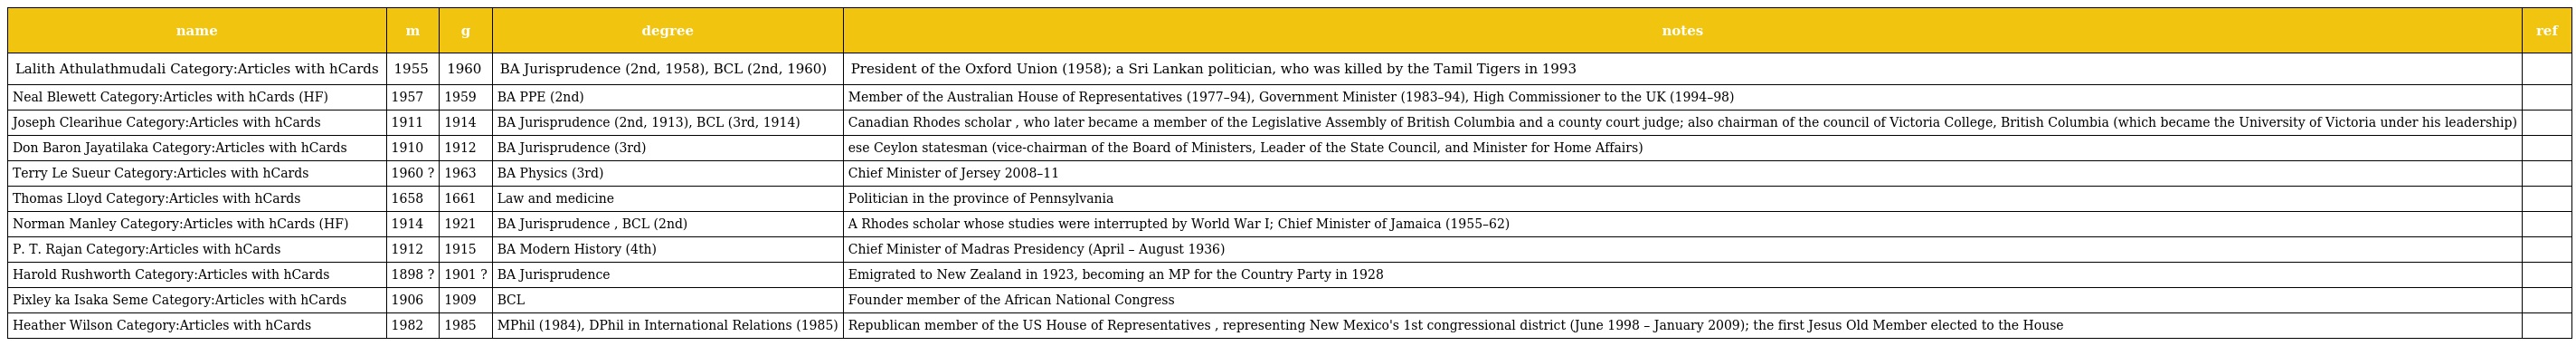
| name | m | g | degree | notes | ref |
 | --- | --- | --- | --- | --- | --- |
 | Lalith Athulathmudali Category:Articles with hCards | 1955 | 1960 | BA Jurisprudence (2nd, 1958), BCL (2nd, 1960) | President of the Oxford Union (1958); a Sri Lankan politician, who was killed by the Tamil Tigers in 1993 |  |
 | Neal Blewett Category:Articles with hCards (HF) | 1957 | 1959 | BA PPE (2nd) | Member of the Australian House of Representatives (1977–94), Government Minister (1983–94), High Commissioner to the UK (1994–98) |  |
 | Joseph Clearihue Category:Articles with hCards | 1911 | 1914 | BA Jurisprudence (2nd, 1913), BCL (3rd, 1914) | Canadian Rhodes scholar , who later became a member of the Legislative Assembly of British Columbia and a county court judge; also chairman of the council of Victoria College, British Columbia (which became the University of Victoria under his leadership) |  |
 | Don Baron Jayatilaka Category:Articles with hCards | 1910 | 1912 | BA Jurisprudence (3rd) | ese Ceylon statesman (vice-chairman of the Board of Ministers, Leader of the State Council, and Minister for Home Affairs) |  |
 | Terry Le Sueur Category:Articles with hCards | 1960 ? | 1963 | BA Physics (3rd) | Chief Minister of Jersey 2008–11 |  |
 | Thomas Lloyd Category:Articles with hCards | 1658 | 1661 | Law and medicine | Politician in the province of Pennsylvania |  |
 | Norman Manley Category:Articles with hCards (HF) | 1914 | 1921 | BA Jurisprudence , BCL (2nd) | A Rhodes scholar whose studies were interrupted by World War I; Chief Minister of Jamaica (1955–62) |  |
 | P. T. Rajan Category:Articles with hCards | 1912 | 1915 | BA Modern History (4th) | Chief Minister of Madras Presidency (April – August 1936) |  |
 | Harold Rushworth Category:Articles with hCards | 1898 ? | 1901 ? | BA Jurisprudence | Emigrated to New Zealand in 1923, becoming an MP for the Country Party in 1928 |  |
 | Pixley ka Isaka Seme Category:Articles with hCards | 1906 | 1909 | BCL | Founder member of the African National Congress |  |
 | Heather Wilson Category:Articles with hCards | 1982 | 1985 | MPhil (1984), DPhil in International Relations (1985) | Republican member of the US House of Representatives , representing New Mexico's 1st congressional district (June 1998 – January 2009); the first Jesus Old Member elected to the House |  |